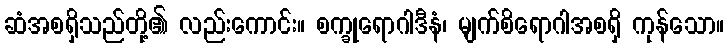
ဆံအစရှိသည်တို့၏ လည်းကောင်း။ စက္ခုရောဂါဒီနံ၊ မျက်စိရောဂါအစရှိ ကုန်သော။